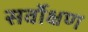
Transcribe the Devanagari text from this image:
सर्वोक्षण